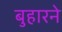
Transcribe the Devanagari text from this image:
बुहारने